Tezpur Lunatic Asylum reports 1895-1904 - 1895-1904
Year: 1895
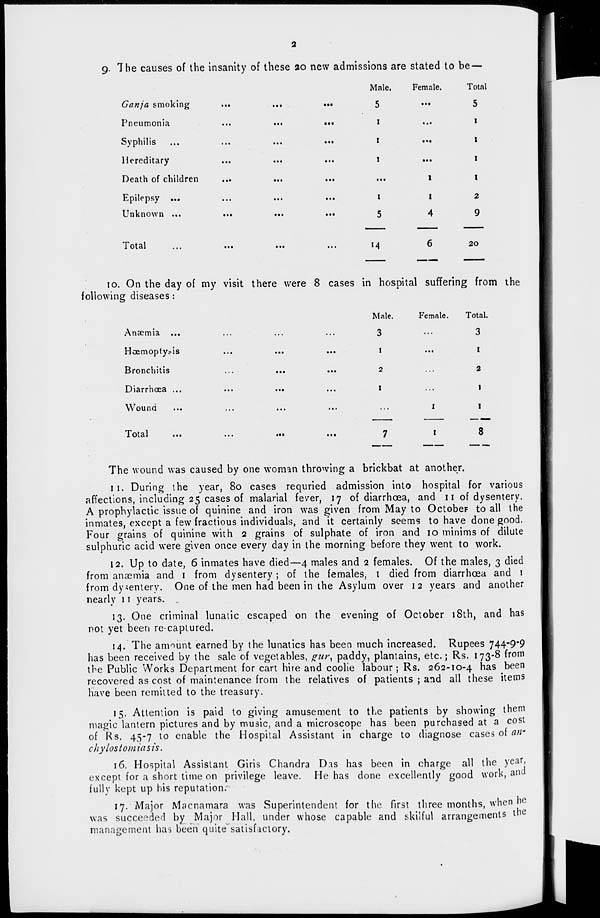
5
••»
5
i
• ••
i
i
...
i
i
...
i
•••
i
I
i
i
2
5
4
9
M
6
20
Male.
Female.
Total.
3
...
3
I
...
I
2
...
2
I
...
1
...
I
1
7
I
8
9. The causes of the insanity of these ao new admissions are stated to be —
Male.
Female.
Total
Ganja smoking
...
...
■>•
Pneumonia
...
...
...
Syphilis ...
...
...
...
Hereditary
Death of children
...
...
Epilepsy ...
Unknown ...
...
...
...
Total
io. On the day of my visit there were 8 cases in hospital suffering from the
following diseases:
Anaemia ...
Hoemopty?is
Bronchitis
Diarrhoea ...
Wound
Total
The wound was caused by one woman throwing a brickbat at another.
11. During the year, 8o cases requried admission into hospital for various
affections, including 25 cases of malarial fever, 17 of diarrhoea, and 11 of dysentery.
A prophylactic issue of quinine and iron was given from May to October to all the
inmates, except a few fractious individuals, and it certainly seems to have done good.
Four grains of quinine with 2 grains of sulphate of iron and 10 minims of dilute
sulphuric acid were given once every day in the morning before they went to work.
12. Up to date, 6 inmates have died—4 males and 2 females. Of the males, 3 died
from anaemia and 1 from dysentery ; of the females, 1 died from diarrhoea and i
from dysentery. One of the men had been in ihe Asylum over 12 years and another
nearly 11 years. .
13. One criminal lunatic escaped on the evening of October 18th, and has
not yet been recaptured.
14. The amount earned by the lunatics has been much increased. Rupees 744-9*9
has been received by the sale of vegetables, pur, paddy, plantains, etc.; Rs. 173-8 from
the Public Works Department for cart hire and coolie labour; Rs. 262-10-4 has been
recovered as cost of maintenance from the relatives of patients ; and all these items
have been remitted to the treasury.
15. Attention is paid to giving amusement to the patients by showing them
magic lantern pictures and by music, and a microscope has been purchased at a cost
of Rs. 45-7 to enable the Hospital Assistant in charge to diagnose cases of an-
chylostomiasis.
16. Hospital Assistant Giris Chandra Das has been in charge all the year,
except for a short time on privilege leave. He has done excellently good work, and
fully kept up his reputation;
17. Major Macnamara was Superintendent for the first three months, when he
was succeeded by Major Hall, under whose capable and skilful arrangements the
management has been quite" satisfactory.